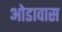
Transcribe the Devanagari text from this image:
ओडावास